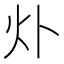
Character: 𤆊